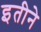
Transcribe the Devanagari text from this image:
इतीने